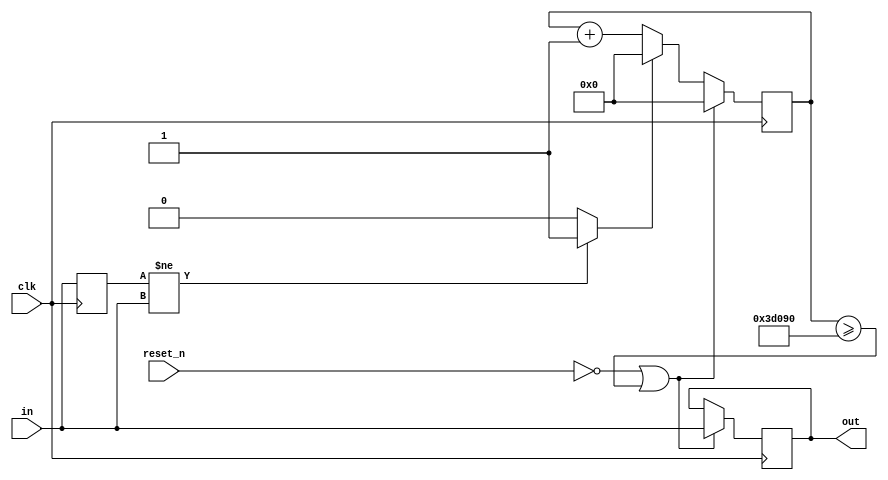
`timescale 1ns / 1ps
//////////////////////////////////////////////////////////////////////////////////
// Company: WPI
// 
// Design Name: Debounce
// Module Name: debounce
// Project Name: ECE 3829 Lab 2
// Target Devices: Basys 3 Board
// Tool Versions: 2021.1
// Description: Button input debounce
// 
// Dependencies: 
// 
// Revision:
// Revision 0.01 - File Created
// Additional Comments:
// 
//////////////////////////////////////////////////////////////////////////////////


module debounce(
    input in, // Input button
    input reset_n, // Active low reset
    input clk, // 25 MHz clock signal
    output out // Button output
    );
    
    parameter TERMINAL_COUNT = 250000; // 1 msec * 25 MHz = 250000 clk
    
    wire toggle; // If input is changed, toggle = 1
    
    reg [17:0] count; // Current clock tick count, 2^18 = 262,144
    reg lastIn; // Input reading from last clock
    reg btnOut; // Reg for output debounce
    
    assign toggle = (lastIn != in) ? 1 : 0; // If input on the last clock tick does not match doesn't match, toggle
    assign out = btnOut; // Out always = btnOut
    
    always @ (posedge clk) begin
        if (reset_n == 0 || count >= TERMINAL_COUNT) begin
            btnOut <= in; // If reset pressed or terminal count reached, btnOut = in
            count <= 0; // If reset pressed or terminal count reached, reset count
        end
        else if(toggle == 1) begin
            count <= 0; // If input toggled, reset count        
        end        
        else begin
            count <= count + 1; // Counter incremented
        end
    end
    
    always @ (posedge clk) begin
        lastIn <= in; // lastIn is updated each clock tick
    end
    
endmodule